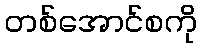
တစ်အောင်စကို